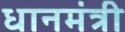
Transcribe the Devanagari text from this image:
धानमंत्री